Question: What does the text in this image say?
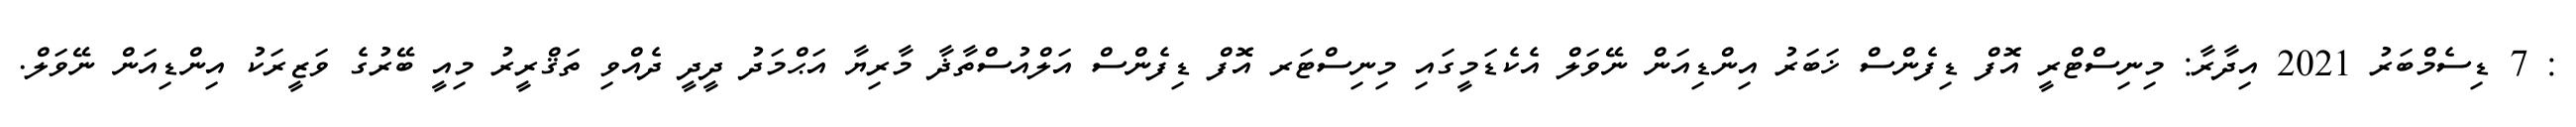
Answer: : 7 ޑިސެމްބަރު 2021 އިދާރާ: މިނިސްޓްރީ އޮފް ޑިފެންސް ޚަބަރު އިންޑިއަން ނޭވަލް އެކެޑަމީގައި މިނިސްޓަރ އޮފް ޑިފެންސް އަލްއުސްތާޛާ މާރިޔާ އަޙްމަދު ދީދީ ދެއްވި ތަޤްރީރު މިއީ ބޭރުގެ ވަޒީރަކު އިންޑިއަން ނޭވަލް.